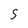
Character: 5